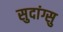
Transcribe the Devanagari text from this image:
सुदांग्सु